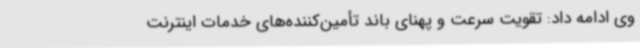
وی ادامه داد: تقویت سرعت و پهنای باند تأمین‌کننده‌های خدمات اینترنت